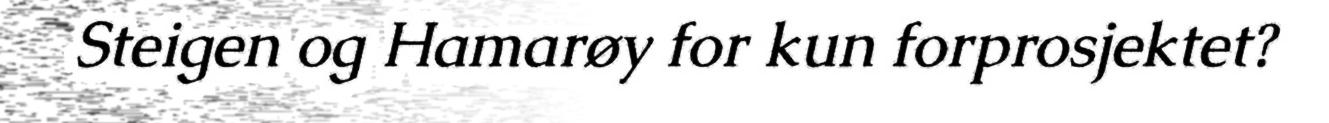
Steigen og Hamarøy for kun forprosjektet?